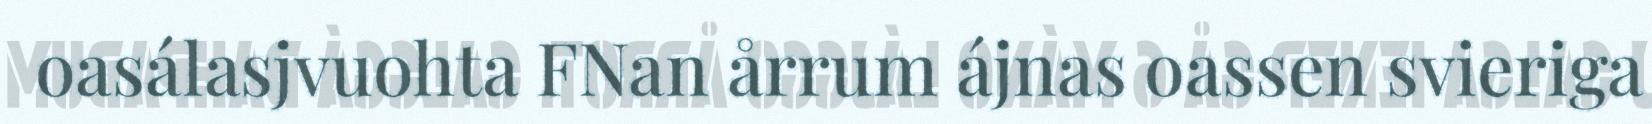
oasálasjvuohta FNan årrum ájnas oassen svieriga